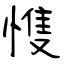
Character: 愯